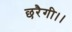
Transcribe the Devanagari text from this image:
छरैगी।।